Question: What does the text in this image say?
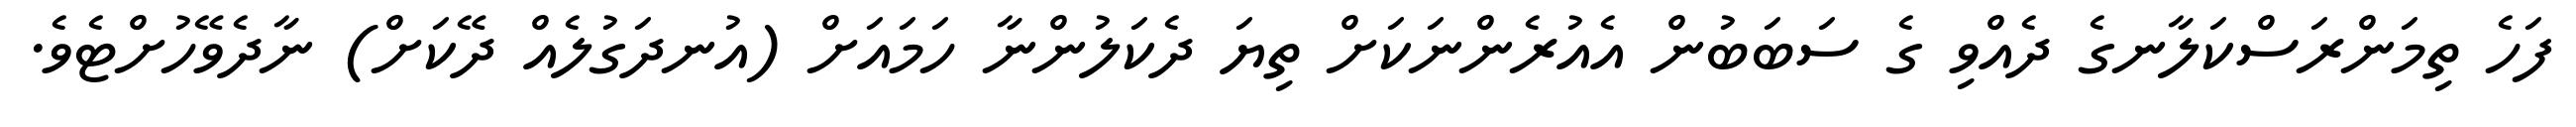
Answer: ފަހެ ތިމަންރަސްކަލާނގެ ދެއްވި ގެ ސަބަބުން އެއުރެންނަކަށް ތިޔަ ދެކަލުންނާ ހަމައަށް (އުނދަގުލެއް ދޭކަށް) ނާދެވޭހުށްޓެވެ.